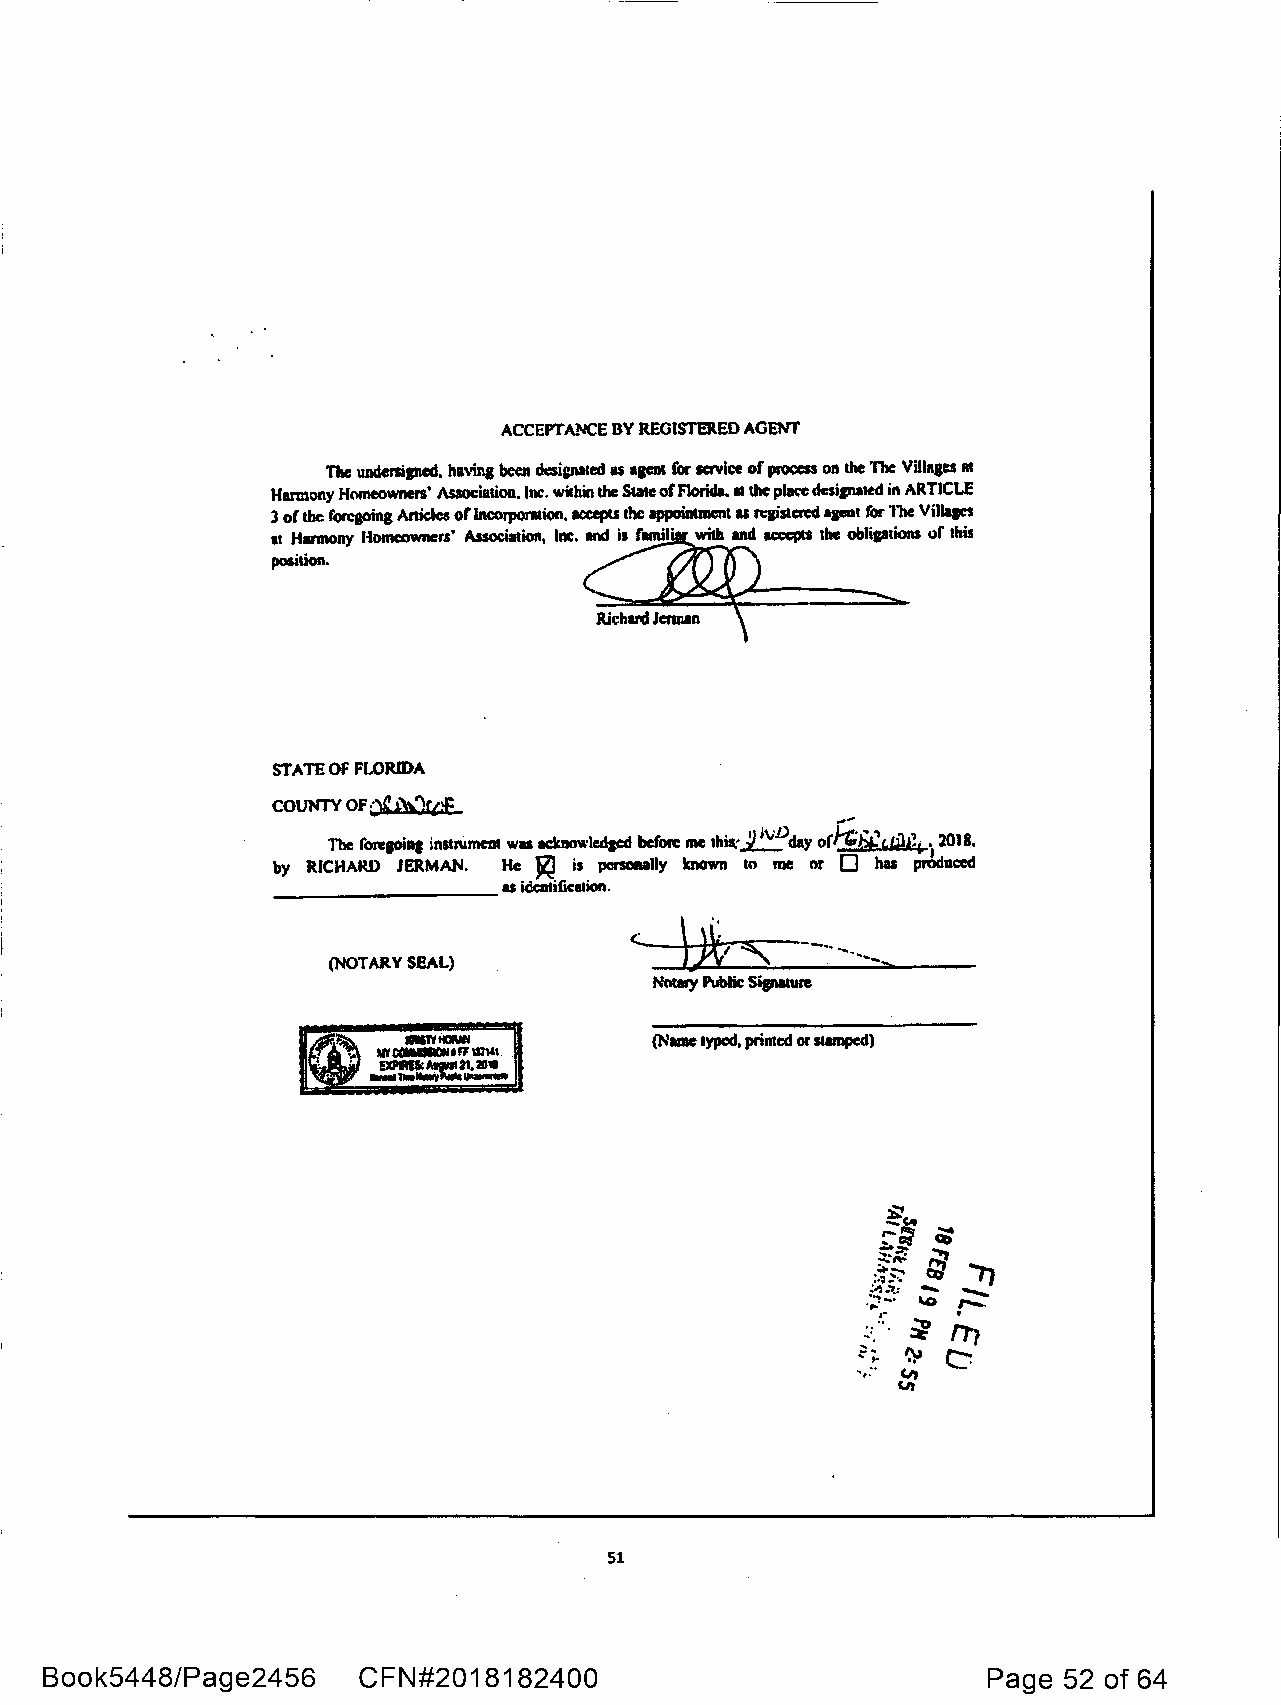
ACCEPTA.'lllCE DY REGISTERED AGENT
 The undersiped, having been desiped as •IJCDI for service of process on the The Villages at
 Harmony HMleOwners' Association. Inc. within the Stale of Floritla. II the place dcsipiated in ARTICLE
 3 of the forcaoing Aniclcs orlneol'JIOl'lllion, acceptS the appointment u rqisacmi apnt for lne Villages
 at Harmony Homeowners' Association, Inc. and is fmnil' with and ICQ:PIS the obliptions l)f this
 position.
 STATE OF FLORIDA
 COUNTY OF
 °'J.)\,1ct!E
 c.. ., "''
 The forelJO. lnt 1' nstru. mcn1 wu ackilowlcdgcd bcfon: me 1h1. ll" ~J\,·/)c lay ofn•J;»: d.ld,, • 201 8 •
 by RICHARD JERMAN. He ~ is pcnonally known to me nr O has prl,ciuc:cd
 _________as     idcalific11ion.
 Jk, '  --.. ----,,
 <. \
 (NOTARY SEAL)           •
 Nowy Public Signature
 __
 ~    IN_1Yt,10.1.U.N. .,_ {Name typed, primed or stamped)
 • • ~ MY CGll90N t FF lffl&I
 ' EXPIIU:A111111121. 21111
 51
 Book5448/Page2456    CFN#2018182400                           Page 52 of 64